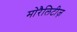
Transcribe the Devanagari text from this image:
मोरैलिटीज़